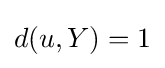
d(u,Y)=1